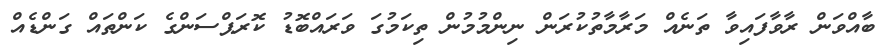
ބާއްވަން ރާވާފައިވާ ތަނެއް މަރާމާތުކުރަން ނިންމުމުން ތިކަމުގަ ވަރައްބޮޑު ކޮރަޕްސަންގެ ކަންތައް ގަންޑެއް